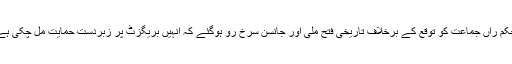
حکم راں جماعت کو توقع کے برخلاف تاریخی فتح ملی اور جانسن سرخ رو ہوگئے کہ انہیں بریگزٹ پر زبردست حمایت مل چکی ہے۔